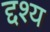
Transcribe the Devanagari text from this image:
द्दश्य